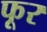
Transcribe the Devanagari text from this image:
फूर